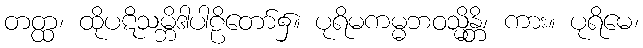
တတ္ထ၊ ထိုပဋိသမ္ဘိဒါပါဠိတော်၌။ ပုရိမကမ္မဘဝသ္မိန္တိ၊ ကား။ ပုရိမေ၊